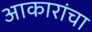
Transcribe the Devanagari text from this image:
आकारांचा